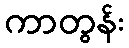
ကာတွန်း